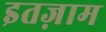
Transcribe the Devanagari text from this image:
इतज़ाम